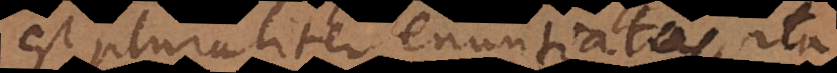
est pluraliter enuntiatas, ita